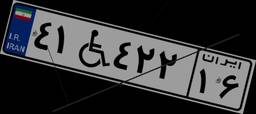
۰۸W۱۹۶۲۸